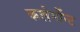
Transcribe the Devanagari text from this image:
कलेर्मोन्ट